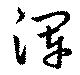
渾